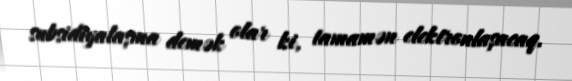
subsidiyalaşma demək olar ki, tamamən elektronlaşacaq.